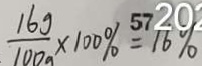
\frac { 1 6 g } { 1 0 0 g } \times 1 0 0 \% = 1 6 \%